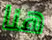
هنا